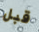
قبل